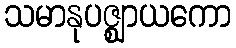
သမာနုပဇ္ဈာယကော